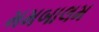
મમબાલમ